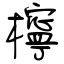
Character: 檸